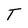
Character: T